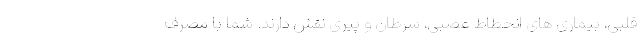
قلبی، بیماری های انحطاط عصبی، سرطان و پیری نقش دارند. شما با مصرف